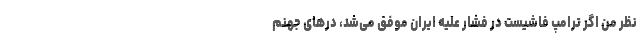
نظر من اگر ترامپ فاشیست در فشار علیه ایران موفق می‌شد، درهای جهنم